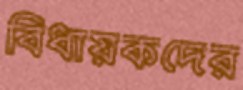
বিধায়কদের